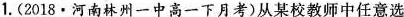
1.(2018·河南林州一中高一下月考)从某校教师中任意选